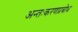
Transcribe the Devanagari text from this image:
अन्तःकरणप्रबोध